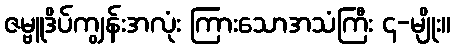
ဇမ္ဗူဒိပ်ကျွန်းအလုံး ကြားသောအသံကြီး ၄-မျိုး။